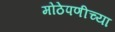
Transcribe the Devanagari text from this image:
मोठेपणीच्या